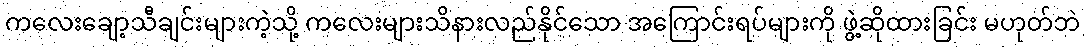
ကလေးချော့သီချင်းများကဲ့သို့ ကလေးများသိနားလည်နိုင်သော အကြောင်းရပ်များကို ဖွဲ့ဆိုထားခြင်း မဟုတ်ဘဲ